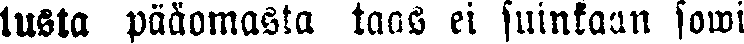
tusta pääomasta taas ei suinkaan sowi